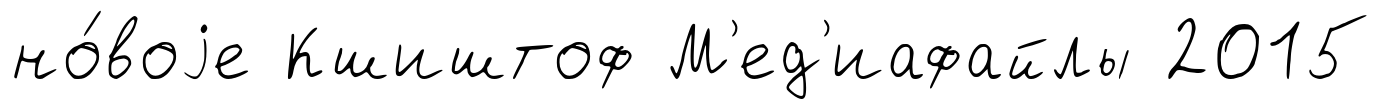
но́воjе Кшиштоф М'ед'иафайлы 2015